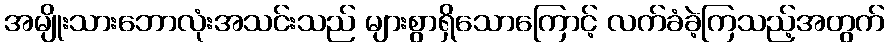
အမျိုးသားဘောလုံးအသင်းသည် များစွာရှိသောကြောင့် လက်ခံခဲ့ကြသည့်အတွက်